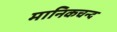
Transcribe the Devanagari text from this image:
मानिकचन्द